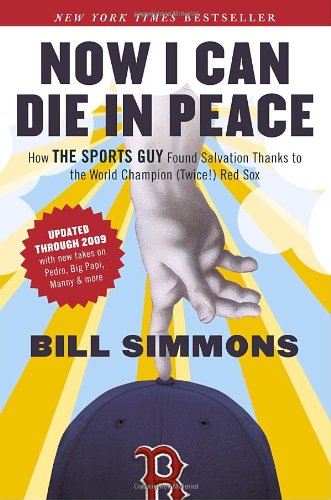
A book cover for Now I Can Die in Peace: How The Sports Guy Found Salvation Thanks to the World Champion (Twice!) Red Sox; Bill Simmons; Humor & Entertainment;